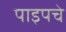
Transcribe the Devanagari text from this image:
पाइपचे